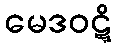
မေဒဝဋ္ဋိ